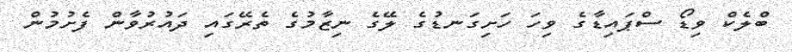
ބްލެކް ވިޑޯ ސްޕައިޑާގެ ވިހަ ހަށިގަނޑުގެ ލޭގެ ނިޒާމުގެ ތެރޭގައި ދައުރުވާން ފެށުމުން